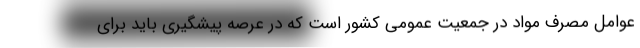
عوامل مصرف مواد در جمعیت عمومی کشور است که در عرصه پیشگیری باید برای